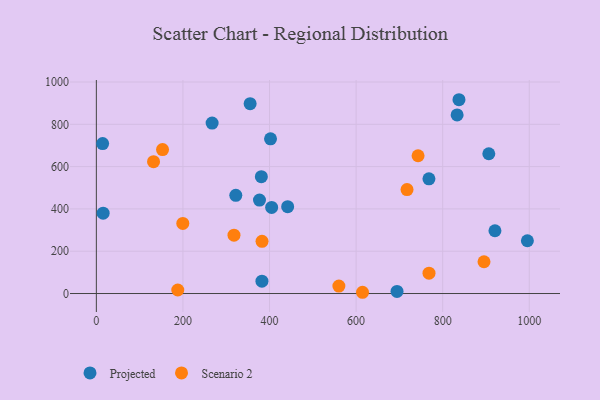
{"axis": {"x": "Distance", "y": "Yield"}, "legend": ["Projected", "Scenario 2"], "data": [{"x": "14.5", "y": 708.7, "type": "Projected"}, {"x": "920.7", "y": 296.7, "type": "Projected"}, {"x": "694.5", "y": 9.9, "type": "Projected"}, {"x": "382.5", "y": 58.6, "type": "Projected"}, {"x": "355.2", "y": 897.3, "type": "Projected"}, {"x": "441.9", "y": 410.4, "type": "Projected"}, {"x": "995.6", "y": 249.4, "type": "Projected"}, {"x": "404.9", "y": 407.2, "type": "Projected"}, {"x": "267.4", "y": 805.9, "type": "Projected"}, {"x": "768.2", "y": 542.2, "type": "Projected"}, {"x": "376.8", "y": 441.9, "type": "Projected"}, {"x": "322.1", "y": 464.1, "type": "Projected"}, {"x": "381.1", "y": 552.6, "type": "Projected"}, {"x": "837.6", "y": 916.2, "type": "Projected"}, {"x": "15.7", "y": 379.9, "type": "Projected"}, {"x": "402.3", "y": 731.2, "type": "Projected"}, {"x": "833.3", "y": 844.5, "type": "Projected"}, {"x": "906.5", "y": 660.8, "type": "Projected"}, {"x": "614.8", "y": 5.9, "type": "Scenario 2"}, {"x": "560.2", "y": 35.4, "type": "Scenario 2"}, {"x": "188.1", "y": 16.6, "type": "Scenario 2"}, {"x": "317.9", "y": 275.7, "type": "Scenario 2"}, {"x": "199.7", "y": 331.2, "type": "Scenario 2"}, {"x": "743.1", "y": 651.3, "type": "Scenario 2"}, {"x": "768.4", "y": 96.1, "type": "Scenario 2"}, {"x": "895.4", "y": 150.2, "type": "Scenario 2"}, {"x": "152.9", "y": 680.3, "type": "Scenario 2"}, {"x": "382.7", "y": 246.7, "type": "Scenario 2"}, {"x": "132.1", "y": 623.4, "type": "Scenario 2"}, {"x": "717.6", "y": 491.5, "type": "Scenario 2"}]}